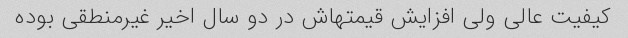
کیفیت عالی ولی افزایش قیمتهاش در دو سال اخیر غیرمنطقی بوده